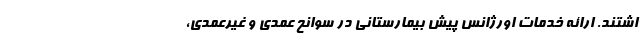
اشتند. ارائه خدمات اورژانس پیش بیمارستانی در سوانح عمدی و غیرعمدی،